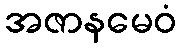
အဇာနမေဝံ